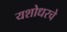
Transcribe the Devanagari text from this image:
यशोधरचे